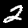
Digit: 2